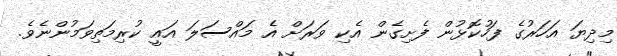
މިދިޔަ އަހަރުގެ ފަހުކޮޅުން ފެށިގެން އެކި ވަރަށް އެ މައްސަލަ އައީ ކުރިމަތިވަމުންނެވެ.